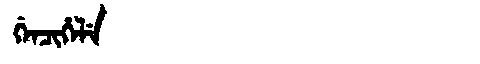
Manchu: ᡤᡝᠨᠴᡳᡥᡝᠯᡝ
Romanization: GENCIHELE